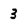
Character: 3